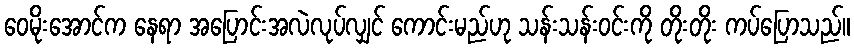
ဝေမိုးအောင်က နေရာ အပြောင်းအလဲလုပ်လျှင် ကောင်းမည်ဟု သန်းသန်းဝင်းကို တိုးတိုး ကပ်ပြောသည်။